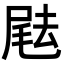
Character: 𡲨